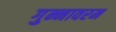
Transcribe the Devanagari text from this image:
गुन्नावरम